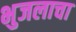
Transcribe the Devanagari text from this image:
भुजलाचा